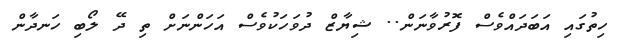
ހިތުގައި އަބަދައްވެސް ފޮރުވާނަން.. ޝިޔާޒް ދުވަހަކުވެސް އަހަންނަށް ތި ދޭ ލޯބި ހަނދާން